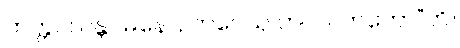
ဘတ္တဝါ ဝန္တဂမနော, ဘဝေသု ဘဂဝါ တတော”တိ။